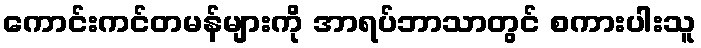
ကောင်းကင်တမန်များကို အာရပ်ဘာသာတွင် စကားပါးသူ